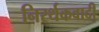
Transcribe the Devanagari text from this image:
निरर्थकवादी